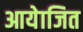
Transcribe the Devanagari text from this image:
आयेाजित